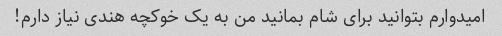
امیدوارم بتوانید برای شام بمانید من به یک خوکچه هندی نیاز دارم!